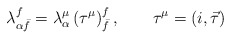
\begin{align*}\lambda_{\alpha \bar f}^f= \lambda^\mu_\alpha \, (\tau^\mu)^f_{\bar f}\,, \qquad\tau^\mu=(i, \vec \tau)\end{align*}